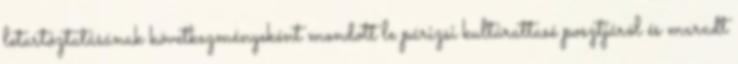
letartóztatásának következményeként mondott le párizsi kultúrattasé posztjáról és maradt